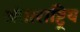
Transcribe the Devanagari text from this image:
अंताराष्ट्रिय